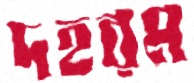
দহরম